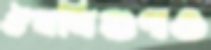
ঔষধিগুণও